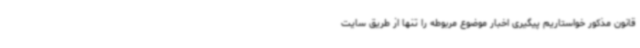
قانون مذکور خواستاریم پیگیری اخبار موضوع مربوطه را تنها از طریق سایت